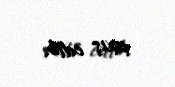
çıxış edib.